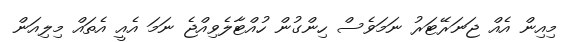
މިއިން އެއް ޖަނަރޭޓަރު ނަމަވެސް ހިންގުން ހުއްޓާލެވިއްޖެ ނަމަ އެއީ އެތައް މިލިއަން